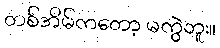
တစ်အိမ်ကတော့ မကွဲဘူး။